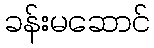
ခန်းမဆောင်